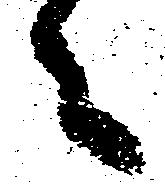
々